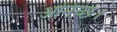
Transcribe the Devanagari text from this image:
अनिच्छ।